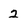
Character: 2